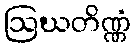
ဩဃတိဏ္ဏံ